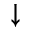
\downarrow